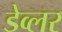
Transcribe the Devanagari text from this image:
डेव्लर